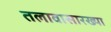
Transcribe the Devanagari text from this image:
तलावासारख्या